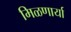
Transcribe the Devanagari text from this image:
मिळणार्या